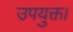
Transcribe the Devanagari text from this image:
उपयुक्त।